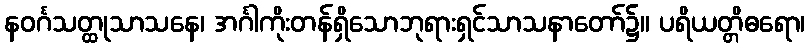
နဝင်္ဂသတ္ထုသာသနေ၊ အင်္ဂါကိုးတန်ရှိသောဘုရားရှင်သာသနာတော်၌။ ပရိယတ္တိဓရော၊